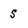
Character: S